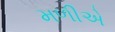
મળીએ